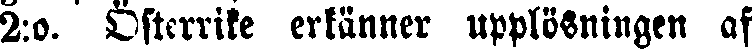
2:o. Österrike erkänner upplösningen af